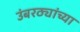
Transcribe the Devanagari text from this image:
उंबरठ्यांच्या